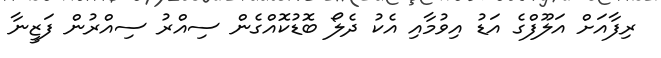
ރިފާއަށް އަލޫފްގެ އަޑު އިވުމާއި އެކު ދެލޯ ބޮޑުކޮއްގެން ސިއްރު ސިއްރުން ފަޒީނާ